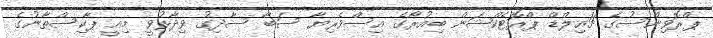
ޕްރޮވިންސުގެ ޗައިލްޑް ޕްރޮޓެކްޝަން ބިއުރޯގެ އިސްވެރިޔާ ސަބާ ސާދިގު ވިދާޅުވީ މިއީ ޕާކިސްތާނުގެ